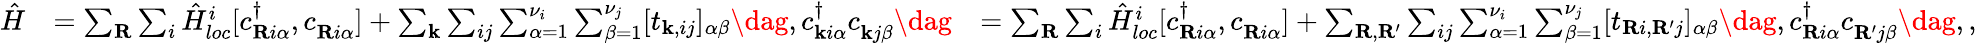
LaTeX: \begin{array}{rlr}{\hat{H}}&{=\sum_{\mathbf{R}}\sum_{i}\hat{H}_{loc}^{i}[c_{\mathbf{R}i\alpha}^{\dagger},c_{\mathbf{R}i\alpha}^{\phantom{\dagger}}]+\sum_{\mathbf{k}}\sum_{ij}\sum_{\alpha=1}^{\nu_{i}}\sum_{\beta=1}^{\nu_{j}}[t_{\mathbf{k},ij}]_{\alpha\beta}\dag,c_{\mathbf{k}i\alpha}^{\dagger}c_{\mathbf{k}j\beta}^{\phantom{\dagger}}\dag}&{=\sum_{\mathbf{R}}\sum_{i}\hat{H}_{loc}^{i}[c_{\mathbf{R}i\alpha}^{\dagger},c_{\mathbf{R}i\alpha}^{\phantom{\dagger}}]+\sum_{\mathbf{R},\mathbf{R^{\prime}}}\sum_{ij}\sum_{\alpha=1}^{\nu_{i}}\sum_{\beta=1}^{\nu_{j}}[t_{\mathbf{R}i,\mathbf{R^{\prime}}j}]_{\alpha\beta}\dag,c_{\mathbf{R}i\alpha}^{\dagger}c_{\mathbf{R^{\prime}}j\beta}^{\phantom{\dagger}}\dag,,}\end{array}